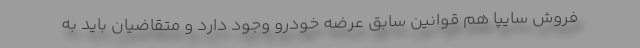
فروش سایپا هم قوانین سابق عرضه خودرو وجود دارد و متقاضیان باید به